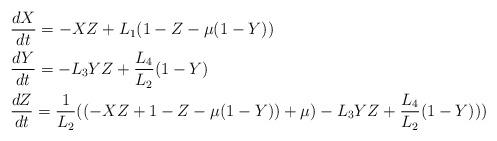
LaTeX: \begin{align*} & \frac{dX}{dt}=-XZ+L_{1}(1-Z-\mu(1-Y))\\ & \frac{dY}{dt}=-L_{3}YZ+\frac{L_{4}}{L_{2}}(1-Y)\\ & \frac{dZ}{dt}=\frac{1}{L_{2}}((-XZ+1-Z-\mu(1-Y))+\mu)-L_{3}YZ+\frac{L_{4}}{L_{2}}(1-Y)))\end{align*}